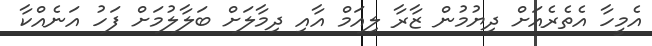
އެމީހާ އެތެރެއަށް ދިޔުމުން ޒާރާ ލިއަމް އާއި ދިމާލަށް ބަލާލުމަށް ފަހު އަނެއްކާ